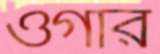
ওগার